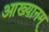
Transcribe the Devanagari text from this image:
आख्यानम्